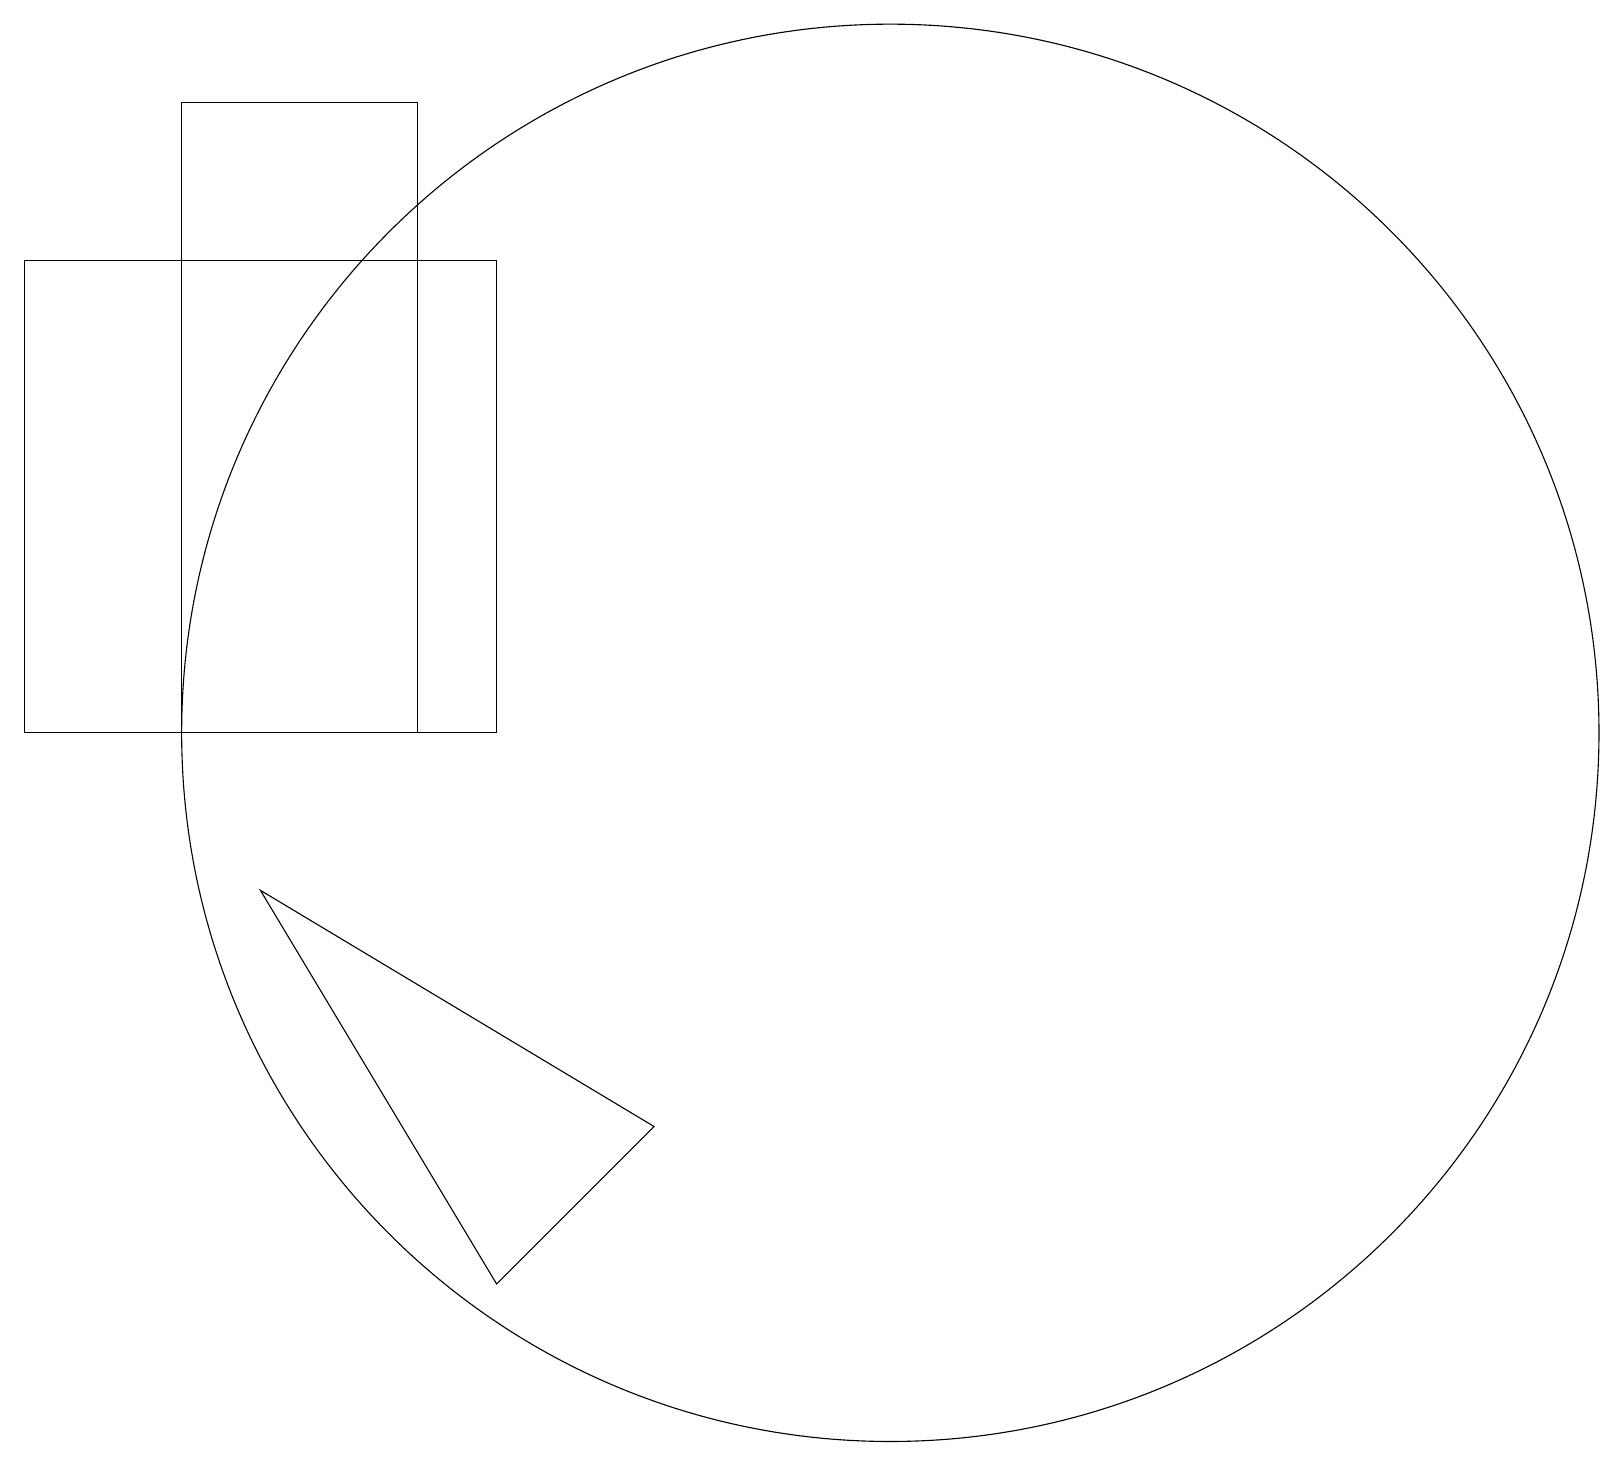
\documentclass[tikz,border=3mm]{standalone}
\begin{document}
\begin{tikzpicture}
\draw (6,4) -- (3,9) -- (8,6) -- cycle;
\draw (2,11) rectangle (5,19);
\draw (11,11) circle (9);
\draw (0,17) rectangle (6,11);
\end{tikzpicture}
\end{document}